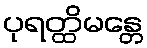
ပုရတ္ထိမန္တေ